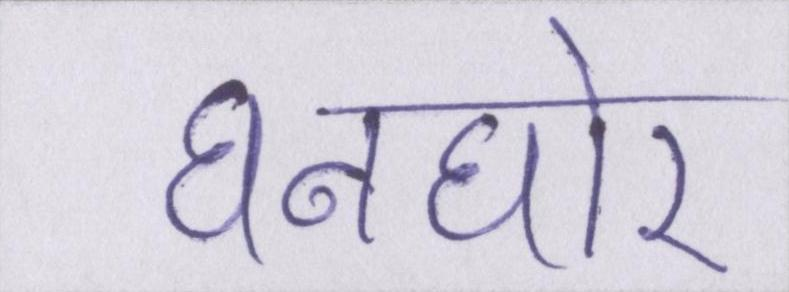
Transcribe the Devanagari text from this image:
घनघोर